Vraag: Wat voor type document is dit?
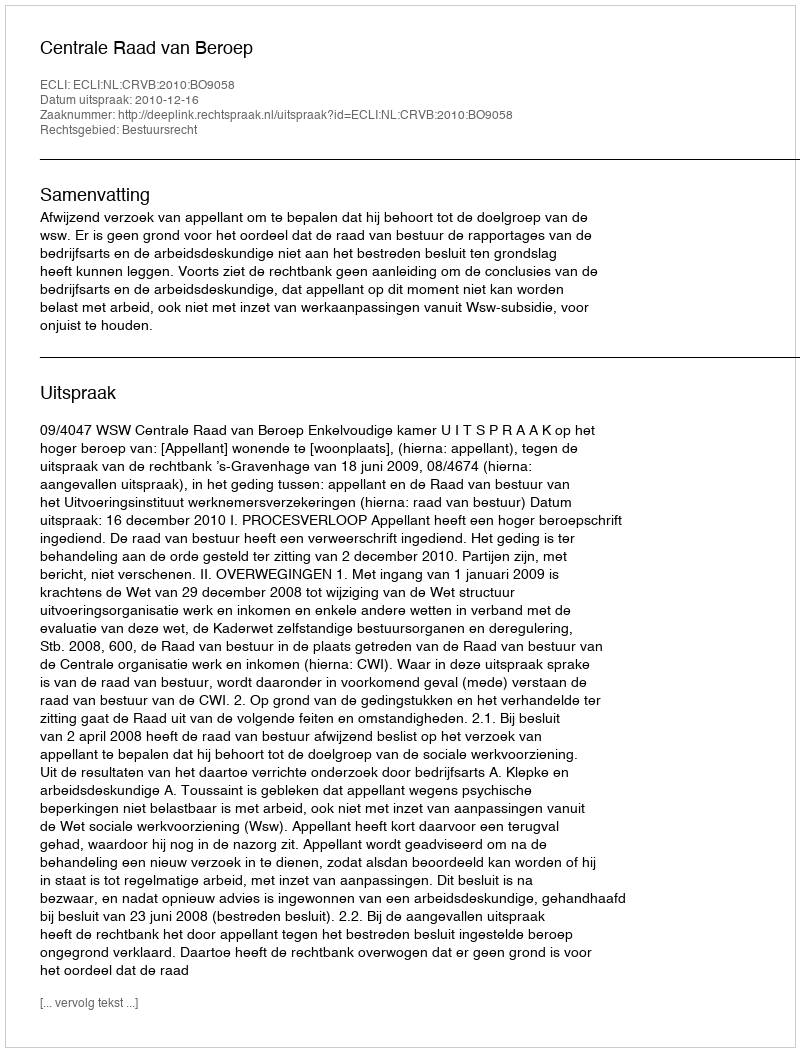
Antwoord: Uitspraak